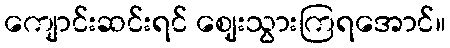
ကျောင်းဆင်းရင် ဈေးသွားကြရအောင်။